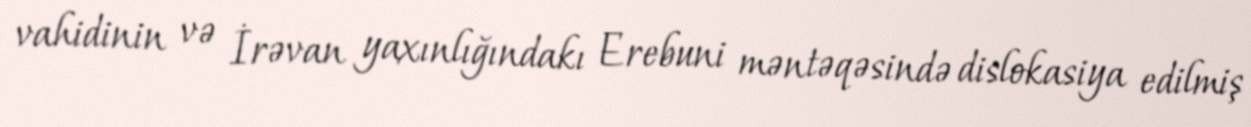
vahidinin və İrəvan yaxınlığındakı Erebuni məntəqəsində dislokasiya edilmiş